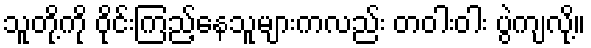
သူတို့ကို ဝိုင်းကြည့်နေသူများကလည်း တဝါးဝါး ပွဲကျလို့။